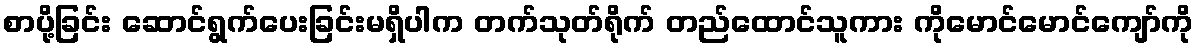
စာပို့ခြင်း ဆောင်ရွက်ပေးခြင်းမရှိပါက တက်သုတ်ရိုက် တည်ထောင်သူကား ကိုမောင်မောင်ကျော်ကို